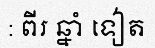
: ពីរ ឆ្នាំ ទៀត